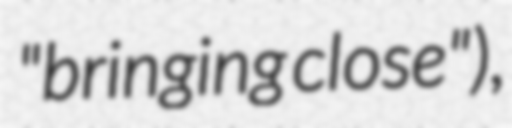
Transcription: "bringing close"),